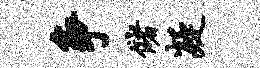
争储凝